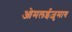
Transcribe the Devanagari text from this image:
ओमलईज़ुमाब